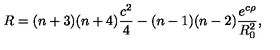
R = ( n + 3 ) ( n + 4 ) \frac { c ^ { 2 } } { 4 } - ( n - 1 ) ( n - 2 ) \frac { e ^ { c \rho } } { R _ { 0 } ^ { 2 } } ,